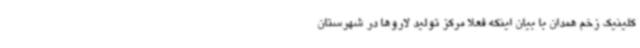
کلینیک زخم همدان با بیان اینکه فعلاً مرکز تولید لاروها در شهرستان